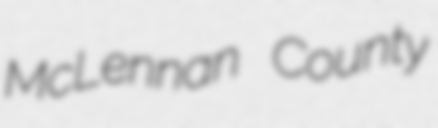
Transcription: McLennan County